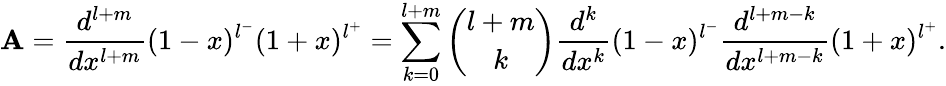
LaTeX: \mathbf{A}=\frac{{d^{l+m}}}{{dx^{l+m}}}(1-x)^{l^{-}}(1+x)^{l^{+}}=\sum_{k=0}^{l+m}{\binom{l+m}{k}}\frac{{d^{k}}}{{dx^{k}}}(1-x)^{l^{-}}\frac{{d^{l+m-k}}}{{dx^{l+m-k}}}(1+x)^{l^{+}}.